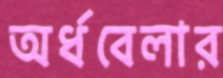
অর্ধবেলার